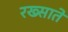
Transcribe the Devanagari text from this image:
रख्साते